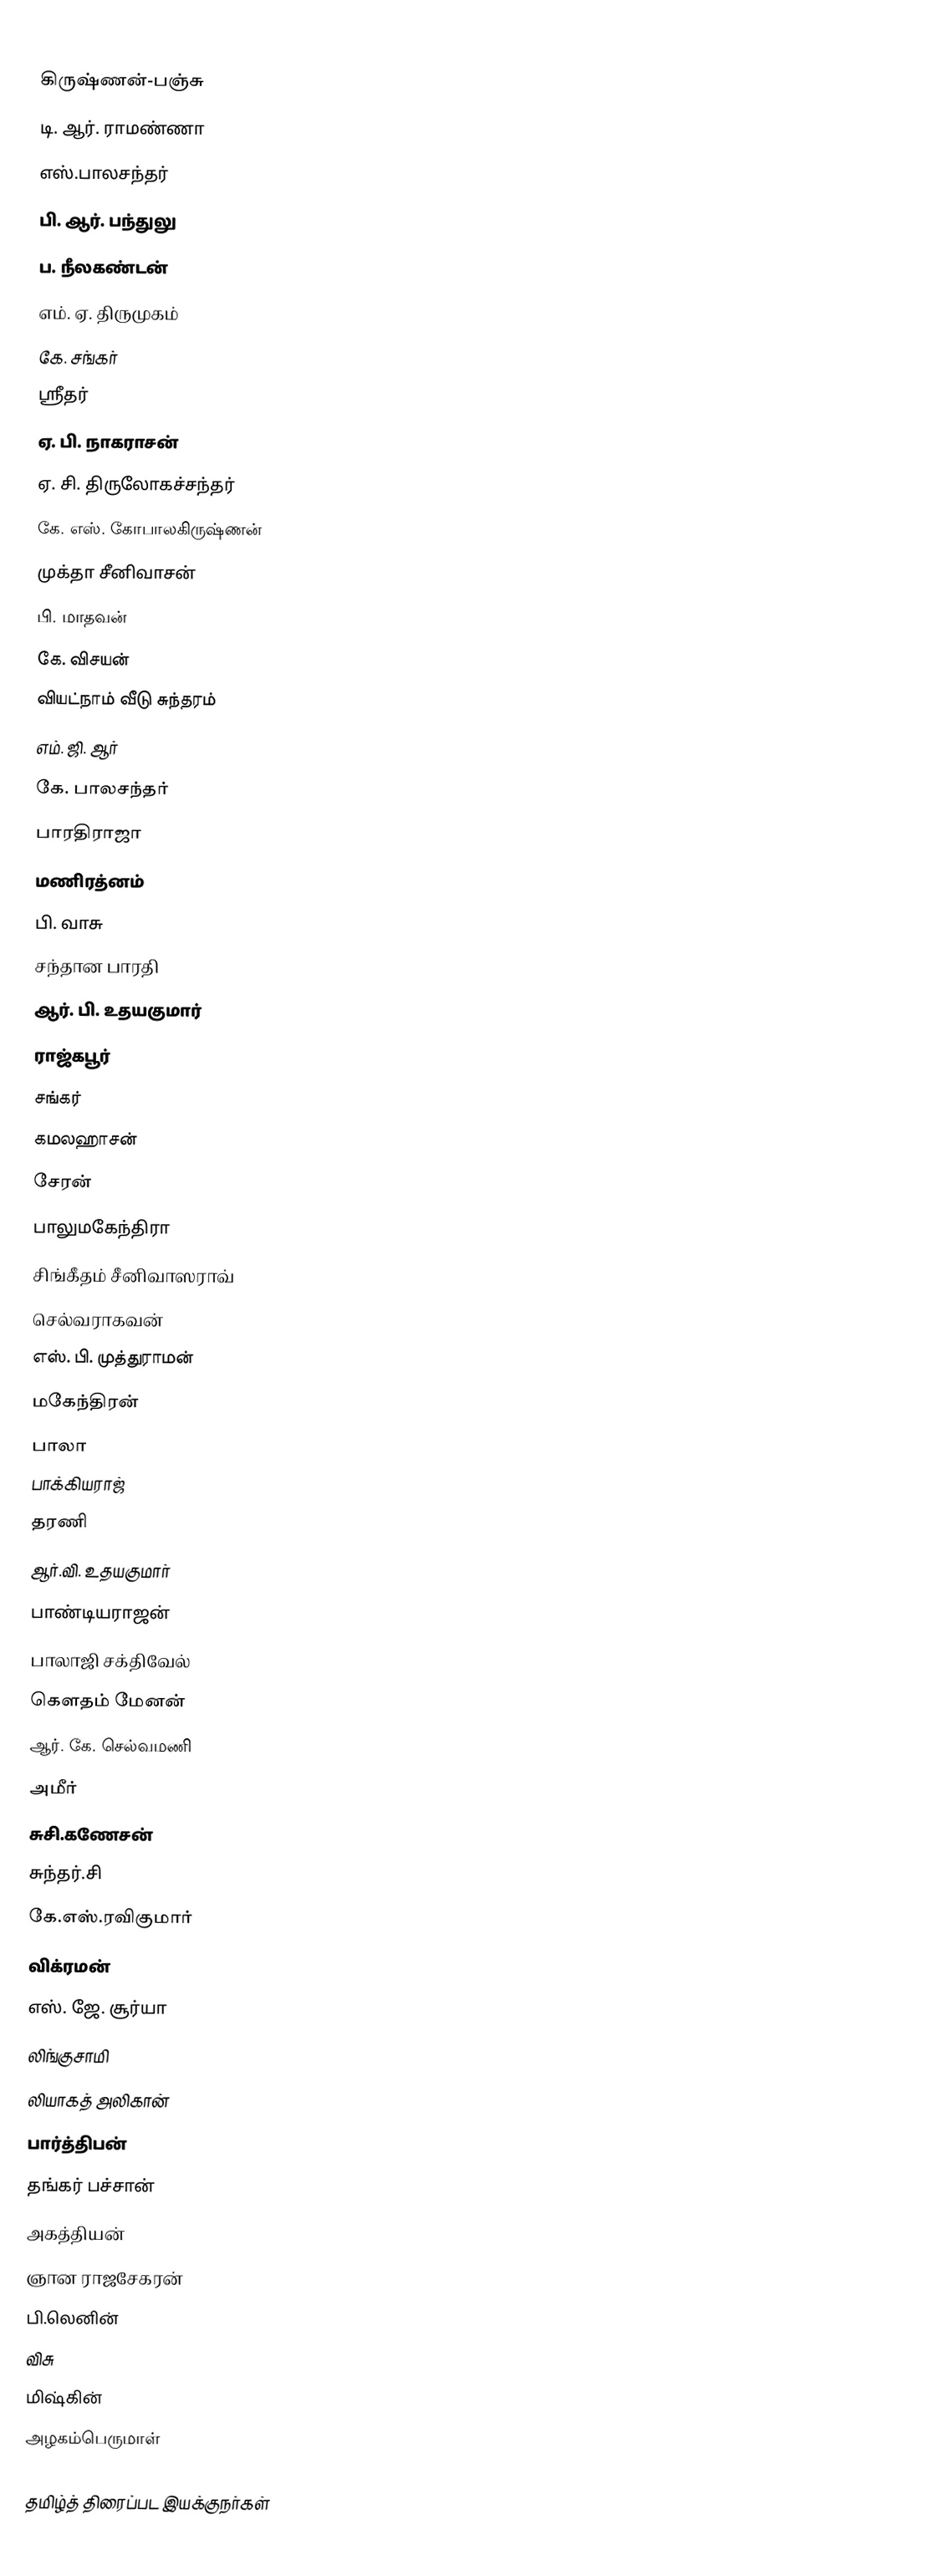
கிருஷ்ணன்-பஞ்சு
டி. ஆர். ராமண்ணா
எஸ்.பாலசந்தர்
பி. ஆர். பந்துலு
ப. நீலகண்டன்
எம். ஏ. திருமுகம்
கே. சங்கர்
ஸ்ரீதர்
ஏ. பி. நாகராசன்
ஏ. சி. திருலோகச்சந்தர்
கே. எஸ். கோபாலகிருஷ்ணன்
முக்தா சீனிவாசன்
பி. மாதவன்
கே. விசயன்
வியட்நாம் வீடு சுந்தரம்
எம். ஜி. ஆர்
கே. பாலசந்தர்
பாரதிராஜா
மணிரத்னம்
பி. வாசு
சந்தான பாரதி
ஆர். பி. உதயகுமார்
ராஜ்கபூர்
சங்கர்
கமலஹாசன்
சேரன்
பாலுமகேந்திரா
சிங்கீதம் சீனிவாஸராவ்
செல்வராகவன்
எஸ். பி. முத்துராமன்
மகேந்திரன்
பாலா
பாக்கியராஜ்
தரணி
ஆர்.வி. உதயகுமார்
பாண்டியராஜன்
பாலாஜி சக்திவேல்
கௌதம் மேனன்
ஆர். கே. செல்வமணி
அமீர்
சுசி.கணேசன்
சுந்தர்.சி
கே.எஸ்.ரவிகுமார்
விக்ரமன்
எஸ். ஜே. சூர்யா
லிங்குசாமி
லியாகத் அலிகான்
பார்த்திபன்
தங்கர் பச்சான்
அகத்தியன்
ஞான ராஜசேகரன்
பி.லெனின்
விசு
மிஷ்கின்
அழகம்பெருமாள்

தமிழ்த் திரைப்பட இயக்குநர்கள்